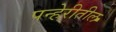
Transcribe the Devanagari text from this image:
पन्हेरीतील